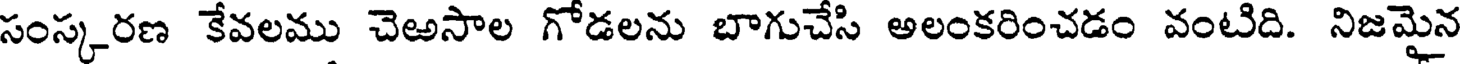
సంస్కరణ కేవలము చెఱసాల గోడలను బాగుచేసి అలంకరించడం వంటిది. నిజమైన